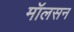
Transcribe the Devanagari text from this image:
मॉलसन